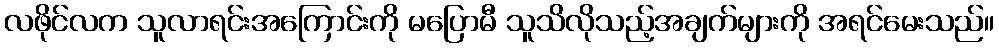
လဖိုင်လက သူလာရင်းအကြောင်းကို မပြောမီ သူသိလိုသည့်အချက်များကို အရင်မေးသည်။